Civil Veterinary Department ledger series I-VI
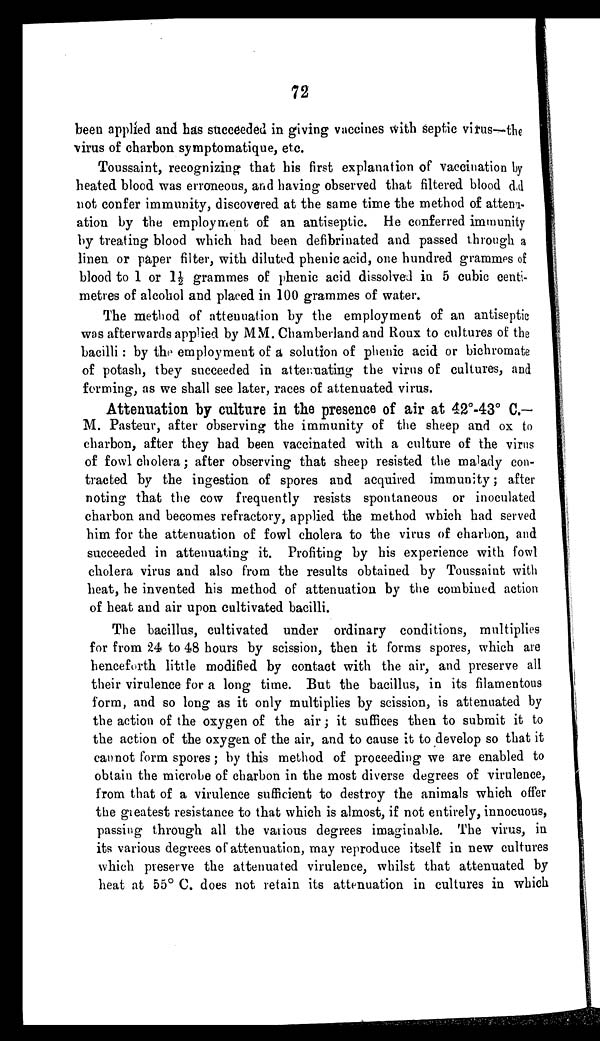
72
been applied and has succeeded in giving vaccines with septic virus—the
virus of charbon symptomatique, etc.
Toussaint, recognizing that his first explanation of vaccination by
heated blood was erroneous, and having observed that filtered blood did
not confer immunity, discovered at the same time the method of attenu-
ation by the employment of an antiseptic. He conferred immunity
by treating blood which had been defibrinated and passed through a
linen or paper filter, with diluted phenic acid, one hundred grammes of
blood to 1 or 1½ grammes of phenic acid dissolved in 5 cubic centi-
metres of alcohol and placed in 100 grammes of water.
The method of attenuation by the employment of an antiseptic
was afterwards applied by MM. Chamberland and Roux to cultures of the
bacilli : by the employment of a solution of phenic acid or bichromate
of potash, they succeeded in attenuating the virus of cultures, and
forming, as we shall see later, races of attenuated virus.
Attenuation by culture in the presence of air at 42°-43° C. —
M. Pasteur, after observing the immunity of the sheep and ox to
charbon, after they had been vaccinated with a culture of the virus
of fowl cholera; after observing that sheep resisted the malady con-
tracted by the ingestion of spores and acquired immunity; after
noting that the cow frequently resists spontaneous or inoculated
charbon and becomes refractory, applied the method which had served
him for the attenuation of fowl cholera to the virus of charbon, and
succeeded in attenuating it. Profiting by his experience with fowl
cholera virus and also from the results obtained by Toussaint with
heat, he invented his method of attenuation by the combined action
of heat and air upon cultivated bacilli.
The bacillus, cultivated under ordinary conditions, multiplies
for from 24 to 48 hours by scission, then it forms spores, which are
henceforth little modified by contact with the air, and preserve all
their virulence for a long time. But the bacillus, in its filamentous
form, and so long as it only multiplies by scission, is attenuated by
the action of the oxygen of the air ; it suffices then to submit it to
the action of the oxygen of the air, and to cause it to develop so that it
cannot form spores; by this method of proceeding we are enabled to
obtain the microbe of charbon in the most diverse degrees of virulence,
from that of a virulence sufficient to destroy the animals which offer
the greatest resistance to that which is almost, if not entirely, innocuous,
passing through all the various degrees imaginable. The virus, in
its various degrees of attenuation, may reproduce itself in new cultures
which preserve the attenuated virulence, whilst that attenuated by
heat at 55° C. does not retain its attenuation in cultures in which